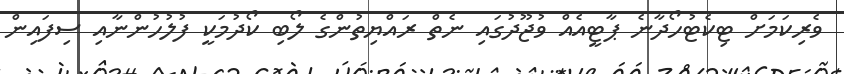
ވެރިކަމަށް ޓިކެޓުހޯދާނެ ޕާޓީއެއް ވުޖޫދުގައި ނެތް ރައްޔިތުންގެ ލޯބި ކޯދުމަކީ ފުލުހުންނާއި ސިފައިން